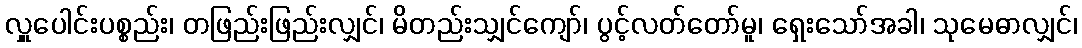
လှူပေါင်းပစ္စည်း၊ တဖြည်းဖြည်းလျှင်၊ မိတည်းသျှင်ကျော်၊ ပွင့်လတ်တော်မူ၊ ရှေးသော်အခါ၊ သုမေဓာလျှင်၊